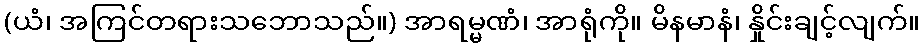
(ယံ၊ အကြင်တရားသဘောသည်။) အာရမ္မဏံ၊ အာရုံကို။ မိနမာနံ၊ နှိုင်းချင့်လျက်။